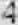
4